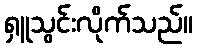
ရှူသွင်းလိုက်သည်။